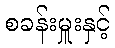
စခန်းမှူးနှင့်